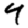
Digit: 4